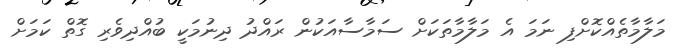
މަލާމާތެއްކޮށްފި ނަމަ އެ މަލާމާތަކަށް ސަމާސާއަކުން ރައްދު ދިނުމަކީ ބުއްދިވެރި ގޮތް ކަމަށް